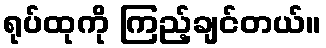
ရုပ်ထုကို ကြည့်ချင်တယ်။